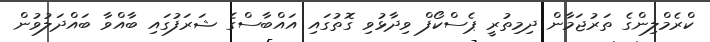
ކްރެމްލިންގެ ތަރުޖަމާން ދިމިތުރީ ޕެސްކޯފް ވިދާޅުވި ގޮތުގައި އައްބާސްގެ ޝަރަފުގައި ބާއްވާ ބައްދަލުވުން